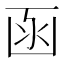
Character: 函